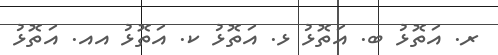
ރ. އަތޮޅު ބ. އަތޮޅު ޅ. އަތޮޅު ކ. އަތޮޅު އއ. އަތޮޅު